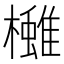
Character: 𪴓